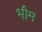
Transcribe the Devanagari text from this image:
भीेम